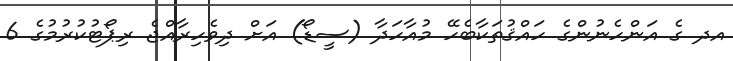
އދ ގެ އަންހެނުންގެ ހައްޤުތަކާބެހޭ މުއާހަދާ (ސީޑޯ) އަށް ދިވެހިރާއްޖެ ރިޕޯޓުކުރުމުގެ 6